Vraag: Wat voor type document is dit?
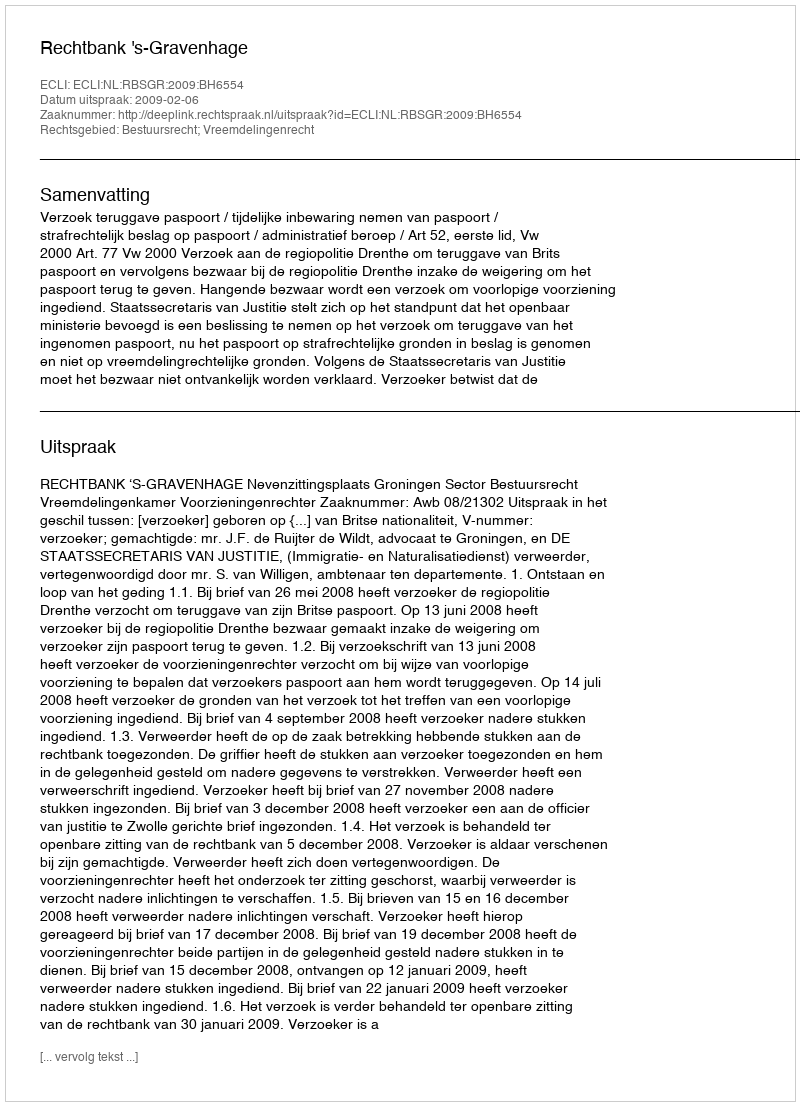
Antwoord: Uitspraak